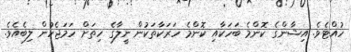
ހުއްޓެވެ. އިޝާންގެ ކޮންމެ ބަހަކާއި ކޮންމެ ހަރަކާތަކުން ނީލާގެ ހިތަށް ހަމަޖެހުން ލިބެއެވެ.